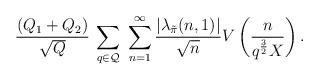
\begin{align*}\frac{(Q_1+Q_2)}{\sqrt{Q}}\:\sum_{q\in\mathcal{Q}}\;\sum_{n=1}^\infty \frac{|\lambda_{\tilde \pi}(n,1)|}{\sqrt{n}}V\left(\frac{n}{q^{\frac{3}{2}}X}\right).\end{align*}